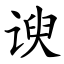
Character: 谀